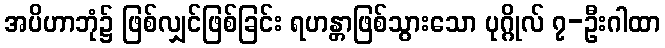
အပိဟာဘုံ၌ ဖြစ်လျှင်ဖြစ်ခြင်း ရဟန္တာဖြစ်သွားသော ပုဂ္ဂိုလ် ၇-ဦးဂါထာ